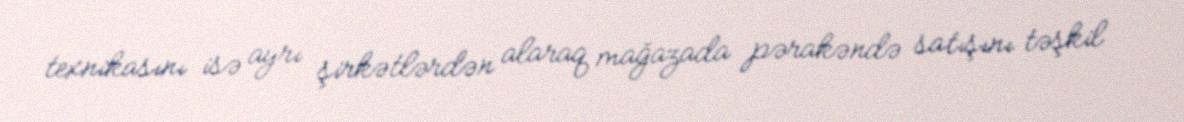
texnikasını isə ayrı şirkətlərdən alaraq mağazada pərakəndə satışını təşkil